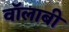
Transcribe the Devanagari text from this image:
वॉलाबी